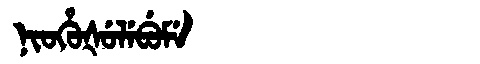
Manchu: ᠨᡳᠣᡥᡠᡧᡠᠯᡝᠪᡠᠮᡝ
Romanization: NIOHUŠULEBUME